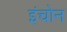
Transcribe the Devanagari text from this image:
इंचोन